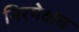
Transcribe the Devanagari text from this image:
निरपेक्षच